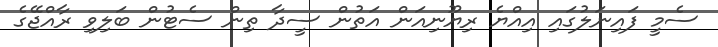
ސެމީ ފައިނަލުގައި އިއްޔެ ރިޔޫނިއަން އަތުން ސީދާ ތިން ސެޓުން ބަލިވި ރާއްޖޭގެ